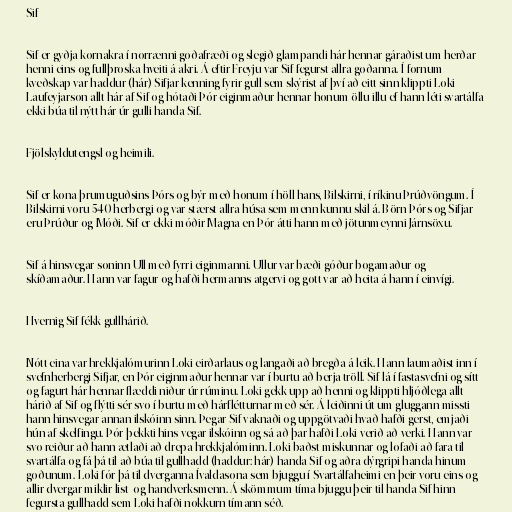
Sif

Sif er gyðja kornakra í norrænni goðafræði og slegið glampandi hár hennar gáraðist um herðar
henni eins og fullþroska hveiti á akri. Á eftir Freyju var Sif fegurst allra goðanna. Í fornum
kveðskap var haddur (hár) Sifjar kenning fyrir gull sem skýrist af því að eitt sinn klippti Loki
Laufeyjarson allt hár af Sif og hótaði Þór eiginmaður hennar honum öllu illu ef hann léti svartálfa
ekki búa til nýtt hár úr gulli handa Sif.

Fjölskyldutengsl og heimili.

Sif er kona þrumuguðsins Þórs og býr með honum í höll hans, Bilskirni, í ríkinu Þrúðvöngum. Í
Bilskirni voru 540 herbergi og var stærst allra húsa sem menn kunnu skil á. Börn Þórs og Sifjar
eru Þrúður og Móði. Sif er ekki móðir Magna en Þór átti hann með jötunmeynni Járnsöxu.

Sif á hinsvegar soninn Ull með fyrri eiginmanni. Ullur var bæði góður bogamaður og
skíðamaður. Hann var fagur og hafði hermanns atgervi og gott var að heita á hann í einvígi.

Hvernig Sif fékk gullhárið.

Nótt eina var hrekkjalómurinn Loki eirðarlaus og langaði að bregða á leik. Hann laumaðist inn í
svefnherbergi Sifjar, en Þór eiginmaður hennar var í burtu að berja tröll. Sif lá í fastasvefni og sítt
og fagurt hár hennar flæddi niður úr rúminu. Loki gekk upp að henni og klippti hljóðlega allt
hárið af Sif og flýtti sér svo í burtu með hárflétturnar með sér. Á leiðinni út um gluggann missti
hann hinsvegar annan ilskóinn sinn. Þegar Sif vaknaði og uppgötvaði hvað hafði gerst, emjaði
hún af skelfingu. Þór þekkti hins vegar ilskóinn og sá að þar hafði Loki verið að verki. Hann var
svo reiður að hann ætlaði að drepa hrekkjalóminn. Loki baðst miskunnar og lofaði að fara til
svartálfa og fá þá til að búa til gullhadd (haddur: hár) handa Sif og aðra dýrgripi handa hinum
goðunum. Loki fór þá til dverganna Ívaldasona sem bjuggu í Svartálfaheimi en þeir voru eins og
allir dvergar miklir list- og handverksmenn. Á skömmum tíma bjuggu þeir til handa Sif hinn
fegursta gullhadd sem Loki hafði nokkurn tímann séð.